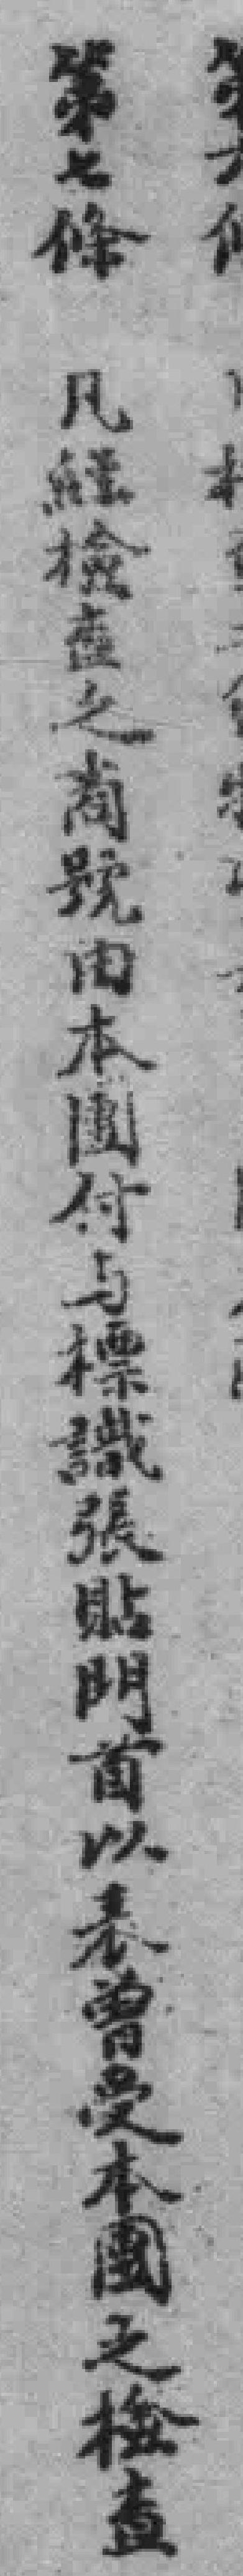
第七條 凡經檢查之商號由本團付与標識張貼門首以表曾受本團之檢查